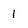
Character: 1